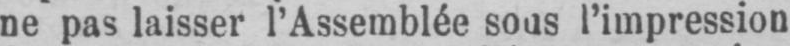
l’impression